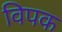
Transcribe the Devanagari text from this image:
विपक